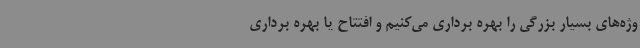
وژه‌های بسیار بزرگی را بهره برداری می‌کنیم و افتتاح یا بهره برداری